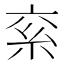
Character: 𥾻